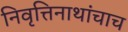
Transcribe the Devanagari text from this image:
निवृत्तिनाथांचाच